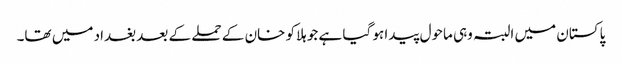
پاکستان میں البتہ وہی ماحول پیدا ہو گیا ہے جو ہلاکو خان کے حملے کے بعد بغداد میں تھا۔